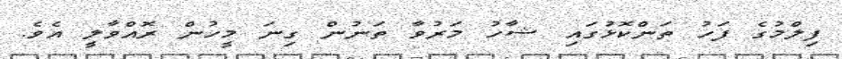
ފިލްމުގެ ފަހު ތަންކޮޅުގައި ޝާހު މަރުވާ ތަނުން ގިނަ މީހުން ރޮއްވާލީ އެވެ.